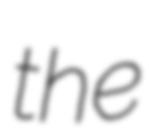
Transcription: the